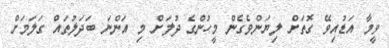
ވީމާ އަޑުއިވޭ ގޮތަށް ލިޔަންވެގެން މީހުންގެ ދުލަށް މި އަންނަ ބަދަލުތައް ގަލަމަށް